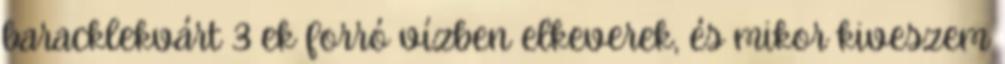
baracklekvárt 3 ek forró vízben elkeverek, és mikor kiveszem